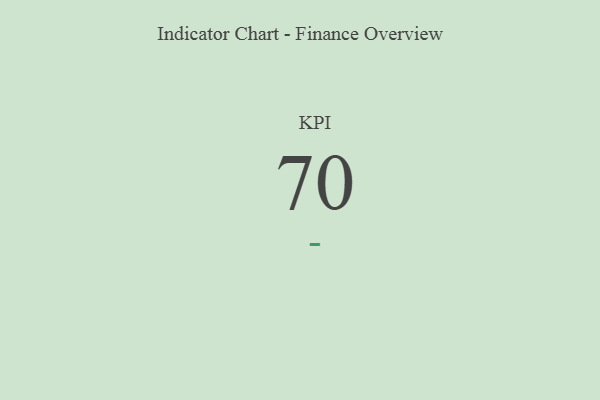
{"axis": {"x": "KPI", "y": "Value"}, "legend": [""], "data": [{"x": "KPI", "y": 70, "type": ""}]}